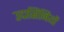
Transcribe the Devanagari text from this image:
उदासिनियों